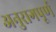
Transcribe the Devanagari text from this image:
अनुरागपूर्ण